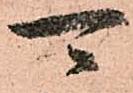
可